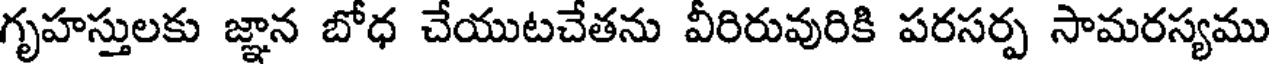
గృహస్తులకు జ్ఞాన బోధ చేయుటచేతను వీరిరువురికి పరసర్ప సామరస్యము